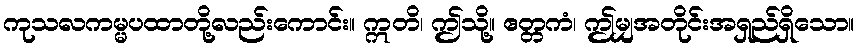
ကုသလကမ္မပထာတို့လည်းကောင်း။ ဣတိ၊ ဤသို့။ ဧတ္တကံ၊ ဤမျှအတိုင်းအရှည်ရှိသော။